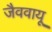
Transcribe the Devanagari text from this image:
जैववायू